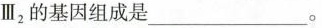
Ⅲ{2}的基因组成是___。